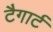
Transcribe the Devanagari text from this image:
टैगार्ट